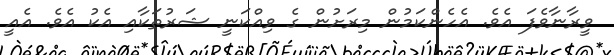
ވީރާނާވެފަ އެވެ. އެހެންކަމުން މިރަށުން ގެ ވިއްކަނީ ޝަރުތަކާއި އެކު އެވެ. އެއީ